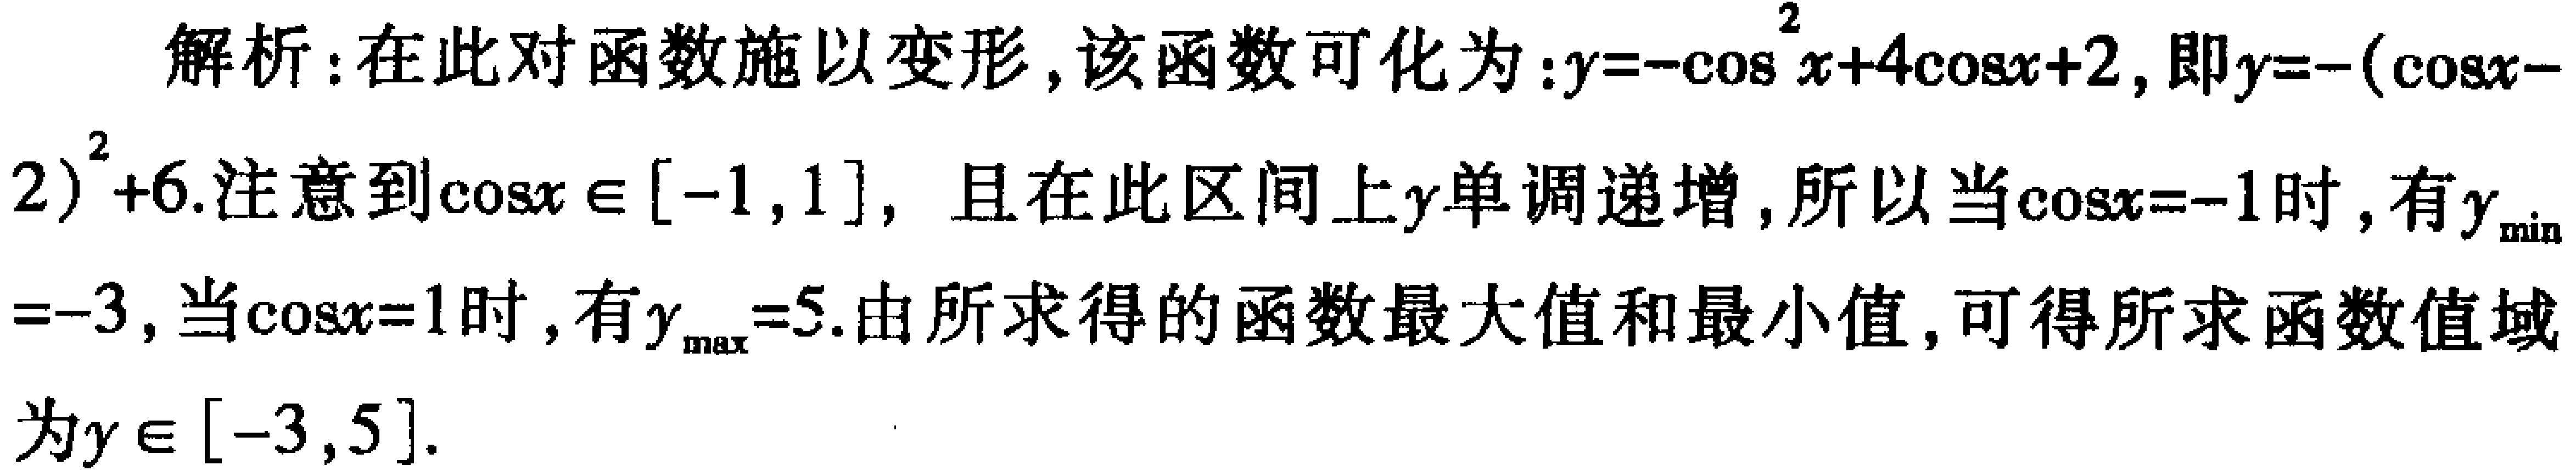
解析：在此对函数施以变形，该函数可化为：\(y = -\cos^{2}x + 4\cos x + 2\)，即\(y = -(\cos x - 2)^{2}+6\). 注意到\(\cos x\in[-1,1]\)，且在此区间上\(y\)单调递增，所以当\(\cos x = -1\)时，有\(y_{\min}=-3\)，当\(\cos x = 1\)时，有\(y_{\max}=5\). 由所求得的函数最大值和最小值，可得所求函数值域为\(y\in[-3,5]\).